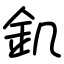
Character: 釠